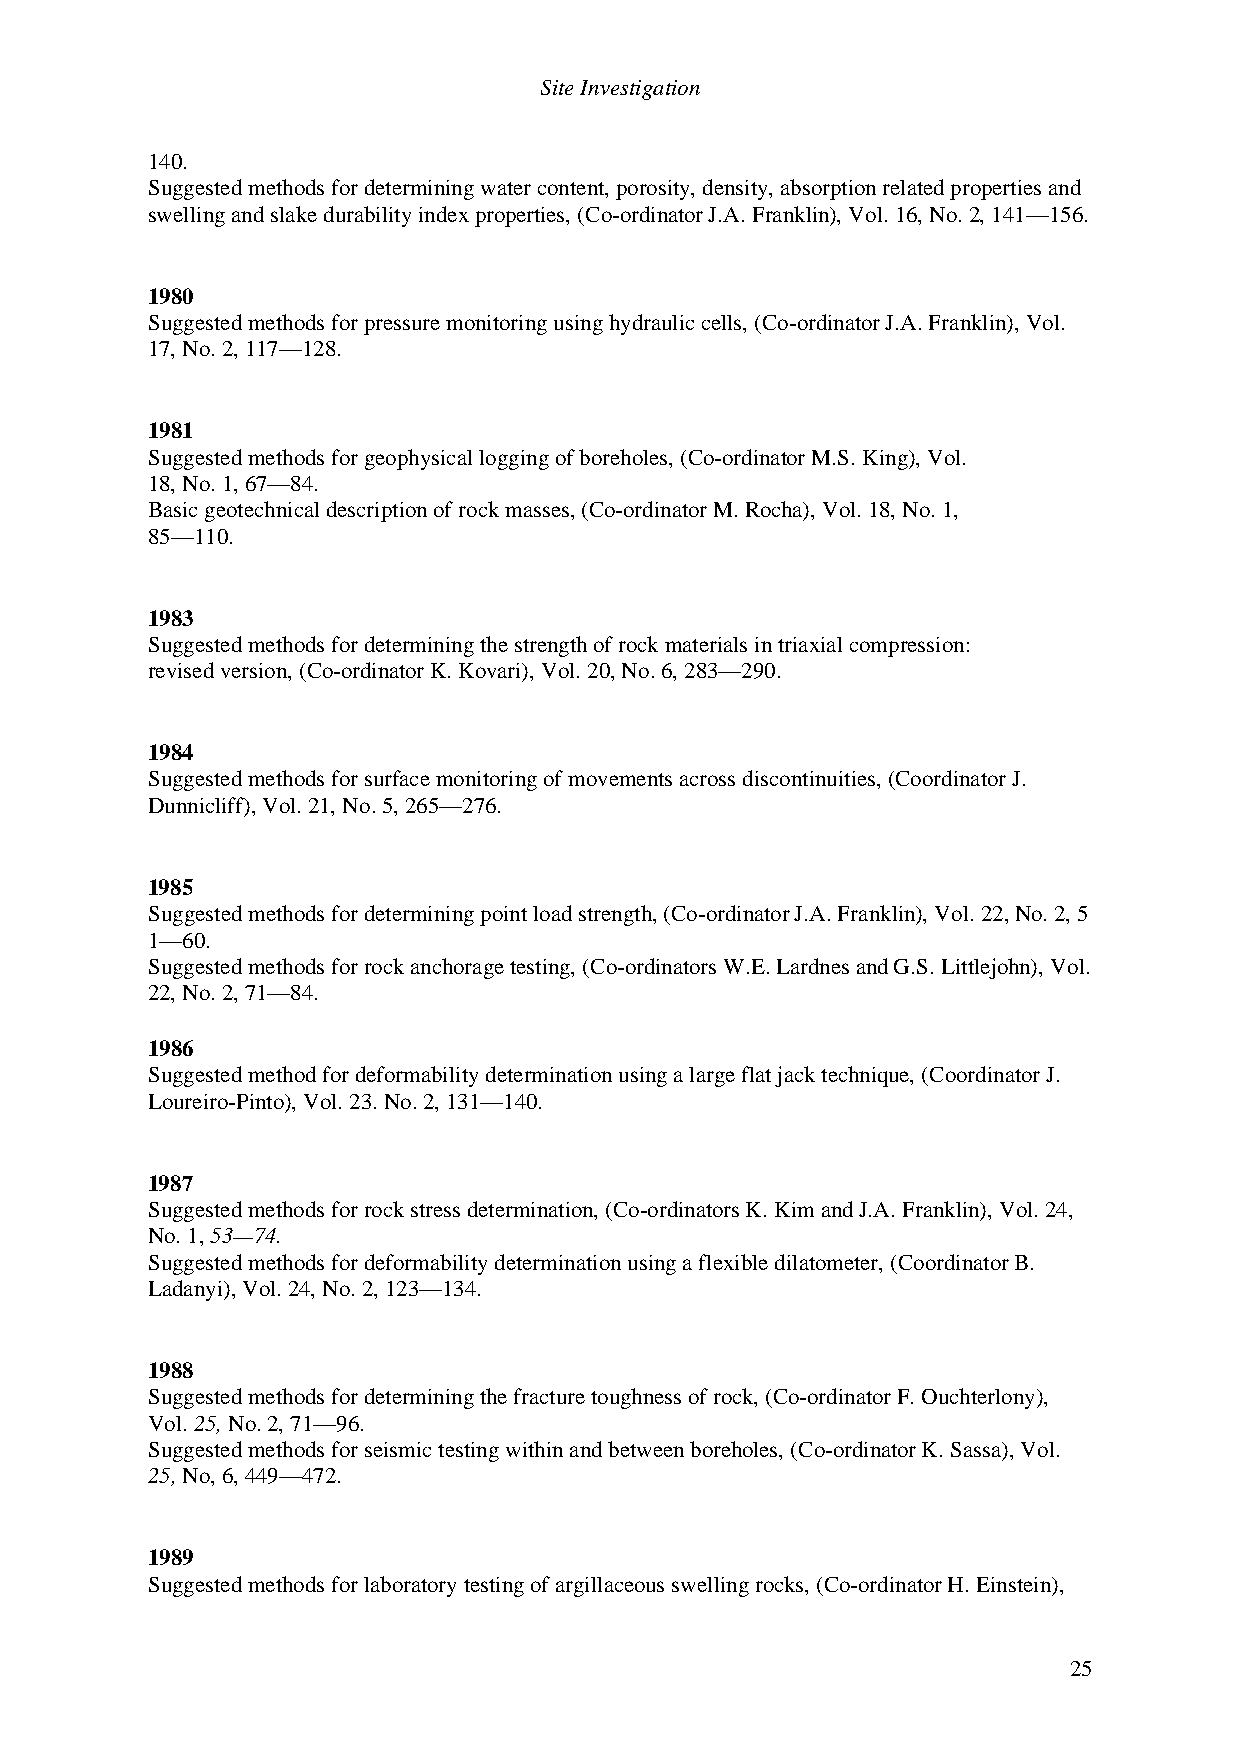
Site Investigation
 140.
 Suggested methods for determining water content, porosity, density, absorption related properties and
 swelling and slake durability index properties, (Co-ordinator J.A. Franklin), Vol. 16, No. 2, 141—156.
 1980
 Suggested methods for pressure monitoring using hydraulic cells, (Co-ordinator J.A. Franklin), Vol.
 17, No. 2, 117—128.
 1981
 Suggested methods for geophysical logging of boreholes, (Co-ordinator M.S. King), Vol.
 18, No. 1, 67—84.
 Basic geotechnical description of rock masses, (Co-ordinator M. Rocha), Vol. 18, No. 1,
 85—110.
 1983
 Suggested methods for determining the strength of rock materials in triaxial compression:
 revised version, (Co-ordinator K. Kovari), Vol. 20, No. 6, 283—290.
 1984
 Suggested methods for surface monitoring of movements across discontinuities, (Coordinator J.
 Dunnicliff), Vol. 21, No. 5, 265—276.
 1985
 Suggested methods for determining point load strength, (Co-ordinator J.A. Franklin), Vol. 22, No. 2, 5
 1—60.
 Suggested methods for rock anchorage testing, (Co-ordinators W.E. Lardnes and G.S. Littlejohn), Vol.
 22, No. 2, 71—84.
 1986
 Suggested method for deformability determination using a large flat jack technique, (Coordinator J.
 Loureiro-Pinto), Vol. 23. No. 2, 131—140.
 1987
 Suggested methods for rock stress determination, (Co-ordinators K. Kim and J.A. Franklin), Vol. 24,
 No. 1, 53—74.
 Suggested methods for deformability determination using a flexible dilatometer, (Coordinator B.
 Ladanyi), Vol. 24, No. 2, 123—134.
 1988
 Suggested methods for determining the fracture toughness of rock, (Co-ordinator F. Ouchterlony),
 Vol. 25, No. 2, 71—96.
 Suggested methods for seismic testing within and between boreholes, (Co-ordinator K. Sassa), Vol.
 25, No, 6, 449—472.
 1989
 Suggested methods for laboratory testing of argillaceous swelling rocks, (Co-ordinator H. Einstein),
 25